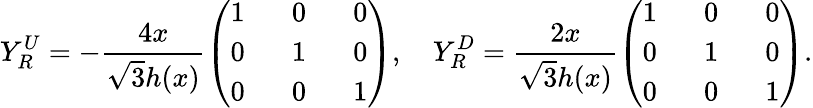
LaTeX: Y_{R}^{U}=-\frac{4x}{\sqrt{3}h(x)}\left(\begin{array}{ccc}{{1\, \, }}&{{\, \, 0\, \, }}&{{\, \, 0}}\\ {{0\, \, }}&{{\, \, 1\, \, }}&{{\, \, 0}}\\ {{0\, \, }}&{{\, \, 0\, \, }}&{{\, \, 1}}\end{array}\right),\quad Y_{R}^{D}=\frac{2x}{\sqrt{3}h(x)}\left(\begin{array}{ccc}{{1\, \, }}&{{\, \, 0\, \, }}&{{\, \, 0}}\\ {{0\, \, }}&{{\, \, 1\, \, }}&{{\, \, 0}}\\ {{0\, \, }}&{{\, \, 0\, \, }}&{{\, \, 1}}\end{array}\right).